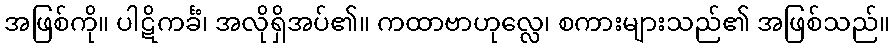
အဖြစ်ကို။ ပါဋိကင်္ခံ၊ အလိုရှိအပ်၏။ ကထာဗာဟုလ္လေ၊ စကားများသည်၏ အဖြစ်သည်။